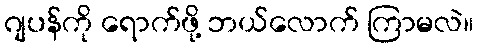
ဂျပန်ကို ရောက်ဖို့ ဘယ်လောက် ကြာမလဲ။